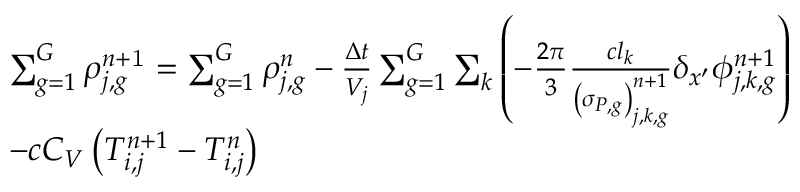
\begin{array} { l } { { \sum _ { g = 1 } ^ { G } \rho _ { j , g } ^ { n \mathrm { + 1 } } = \sum _ { g = 1 } ^ { G } \rho _ { j , g } ^ { n } - \frac { \Delta t } { V _ { j } } \sum _ { g = 1 } ^ { G } \sum _ { k } \left( - \frac { 2 \pi } { 3 } \frac { c l _ { k } } { \left( \sigma _ { P , g } \right) _ { j , k , g } ^ { n + 1 } } \delta _ { x ^ { \prime } } \phi _ { j , k , g } ^ { n + 1 } \right) } } \\ { { - c C _ { V } \left( T _ { i , j } ^ { n + 1 } - T _ { i , j } ^ { n } \right) } } \end{array}